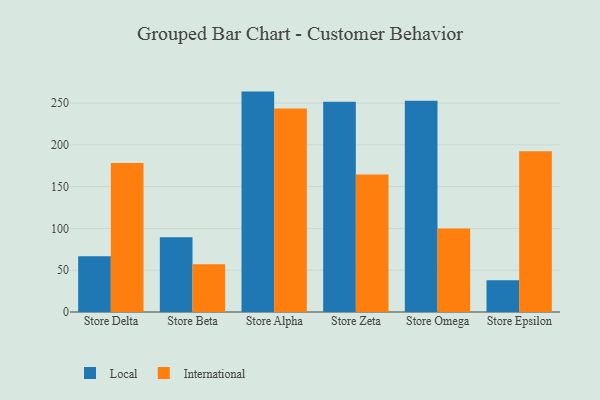
{"axis": {"x": "Store", "y": "Churn Rate (%)"}, "legend": ["International", "Local"], "data": [{"x": "Store Delta", "y": 66.6, "type": "Local"}, {"x": "Store Delta", "y": 178.3, "type": "International"}, {"x": "Store Beta", "y": 89.5, "type": "Local"}, {"x": "Store Beta", "y": 57.2, "type": "International"}, {"x": "Store Alpha", "y": 263.7, "type": "Local"}, {"x": "Store Alpha", "y": 243.6, "type": "International"}, {"x": "Store Zeta", "y": 251.7, "type": "Local"}, {"x": "Store Zeta", "y": 164.4, "type": "International"}, {"x": "Store Omega", "y": 252.8, "type": "Local"}, {"x": "Store Omega", "y": 99.8, "type": "International"}, {"x": "Store Epsilon", "y": 38.0, "type": "Local"}, {"x": "Store Epsilon", "y": 192.3, "type": "International"}]}